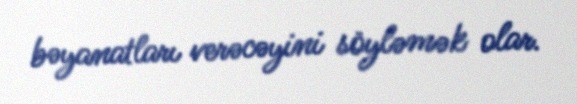
bəyanatları verəcəyini söyləmək olar.